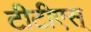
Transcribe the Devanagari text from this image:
टीटीएस्